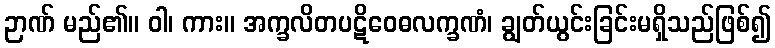
ဉာဏ် မည်၏။ ဝါ၊ ကား။ အက္ခလိတပဋိဝေဓလက္ခဏံ၊ ချွတ်ယွင်းခြင်းမရှိသည်ဖြစ်၍